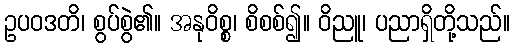
ဥပဝဒတိ၊ စွပ်စွဲ၏။ အနုဝိစ္စ၊ စိစစ်၍။ ဝိညူ၊ ပညာရှိတို့သည်။